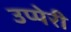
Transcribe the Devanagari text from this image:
उप्पेरी